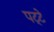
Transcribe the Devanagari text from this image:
पट्‍टे